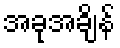
အခုအချိန်